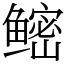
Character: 鿹